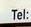
tel